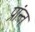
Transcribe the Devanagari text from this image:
प्रांन्त